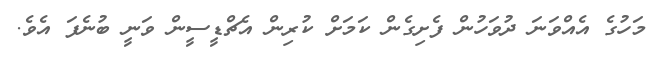
މަހުގެ އެއްވަނަ ދުވަހުން ފެށިގެން ކަމަށް ކުރިން އެޗްޑީސީން ވަނީ ބުނެފަ އެވެ.